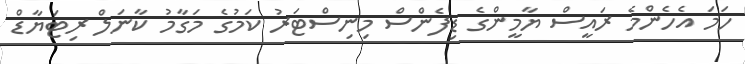
ހަމަ އެހެންމެ ރައީސް ޔާމީންގެ ޑިފެންސް މިނިސްޓަރު ކަމުގެ މަގާމު ކާނަލް ރިޓަޔާޑް